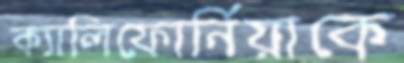
ক্যালিফোর্নিয়াকে